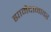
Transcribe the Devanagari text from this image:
ह्यामैदानावर